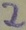
Text: 2